Kuressaare_kinnistusamet, lk 22
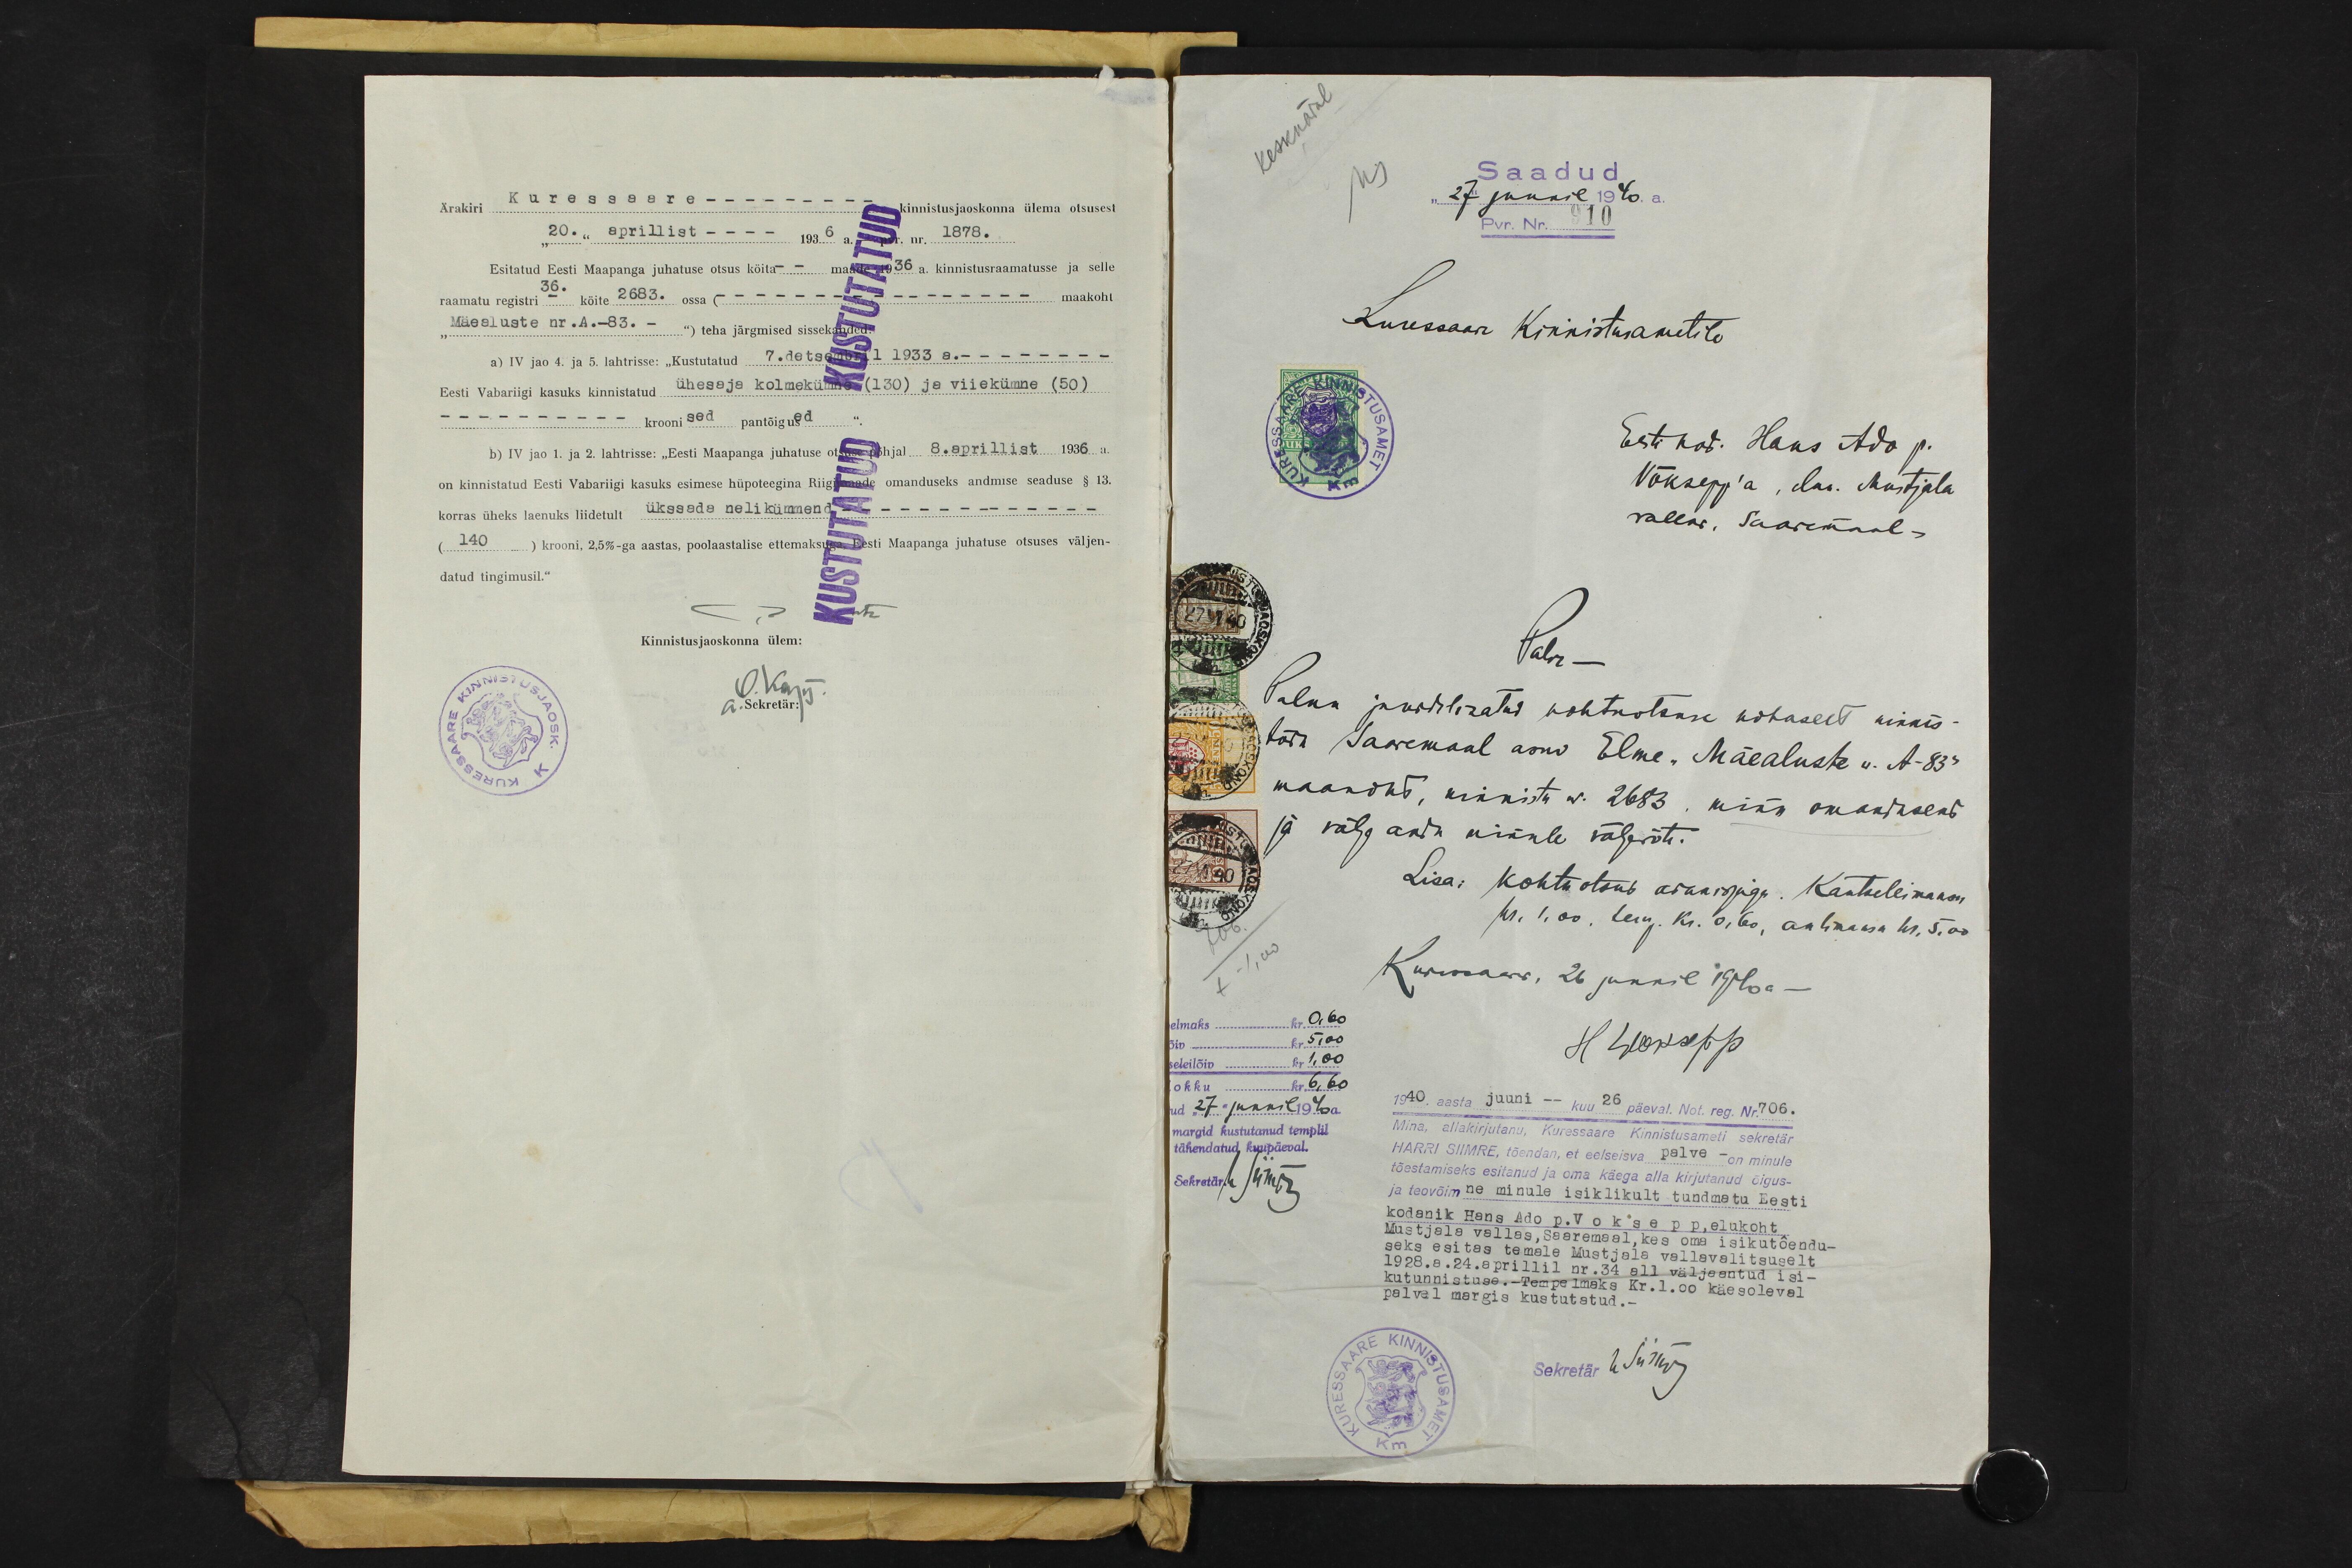
Ärakiri Kuressaare - kinnistusjaoskonna ülema otsusest
"20." aprillist - 1936 a.
Ar. nr. 1878.
Esitatud Eesti Maapanga juhatuse otsus köita maade 1936 a kinnistusraamatuse ja selle
raamatu registri 36. kõite 2683. ossa
maakoht
"Mäealuste nr. A. -83. - ") teha järgmised sissekanded.
a) IV jao 4. ja 5. lahtrisse: "Kustutatud 7. detsembril 1933 a. -
Eesti Vabariigi kasuks kinnistatud ühesaja kolmekümne (130) ja viiekümne (50)
- kroonised pantõigused
b) IV jao 1. ja 2. lahtrisse: „Eesti Maapanga juhatuse otsuse põhjal 8. aprillist 1936 a.
on kinnistatud Eesti Vabariigi kasuks esimese hüpoteegina Riigimaade omanduseks andmise seaduse § 13.
korras üheks laenuks liidetult ükssada nelikümmend -
(140 ) krooni, 2,5%-ga aastas, poolaastalise ettemaksuga
Eesti Maapanga juhatuse otsuses väljen-
datud tingimusil.“
Kinnistusjaoskonna ülem:
Sekretär:

Saadud
"27" juunil 1940 a.
Pvr. Nr. 910
Kuressaare Kinnistusametile
Eesti kod. Hans Ado p.
Võksepp'a, eluk. Mustjala
vallas, Saaremaal
Palve
Palun juurdelisatud kohtuotsuse kohaselt kinnis-
tada Saaremaal asuv Elme "Mäealuste"  N-83"
maakoht, kinnistu N. 2683, minu omanduseks
ja välja anda minule väljavõte.
Lisa: kohtu otsus ärakirjaga. Kantselei maksu
kr. 1,00, temp. kr. 0,60, aktimaks kr. 5.00.
Kuruseaare, 26 juunil 1940 a-
H Wõksepp
elmaks kr. 0,60
õiv kr 5,00
seleilõiv kr 1,00
okku kr. 6,60
nud "27" juunil 1940 a.
margid kustutanud templil
tähendatud kuupäeval.
Sekretär i lümte
1940 aasta juuni - kuu 26 päeval. Not. reg. Nr. 706.
Mina, allakirjutanu, Kuresaare Kinnistusameti sekretär-
HARRI SiIMRE, tõendan, et eelseisva palve - on minule
tõestamiseks esitanud ja oma käega alla kirjutanud õigus-
ja teovõimne minule isiklikult tundmatu Eesti
kodanik Hans Ado p. Voksepp, elukoht,
Mustjala vallas, Saaremaal, kes oma isikutõendu-
seks esitas temale Mustjala vallavalitsuselt
1928. a. 24. aprillil nr. 34 all väljaantud isi-
kutunnistuse. -Tempelmaks Kr. 1.00 käesoleval
palvel margis kustutatud.-
Sekretär 1/4 Suim